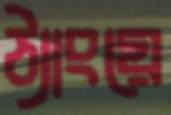
ঠ্যাংয়ে